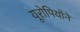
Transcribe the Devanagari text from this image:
यूरोपियोंने